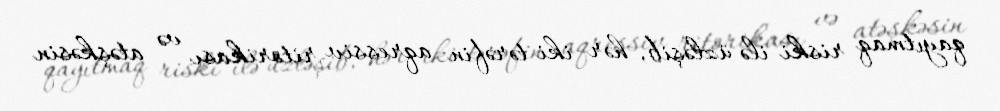
qayıtmaq riski ilə üzləşib, hər iki tərəfin aqressiv ritorikası və atəşkəsin